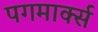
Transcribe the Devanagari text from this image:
पगमार्क्स